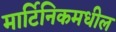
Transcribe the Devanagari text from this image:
मार्टिनिकमधील